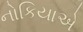
નોકિયાએ